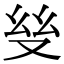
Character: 𢆼